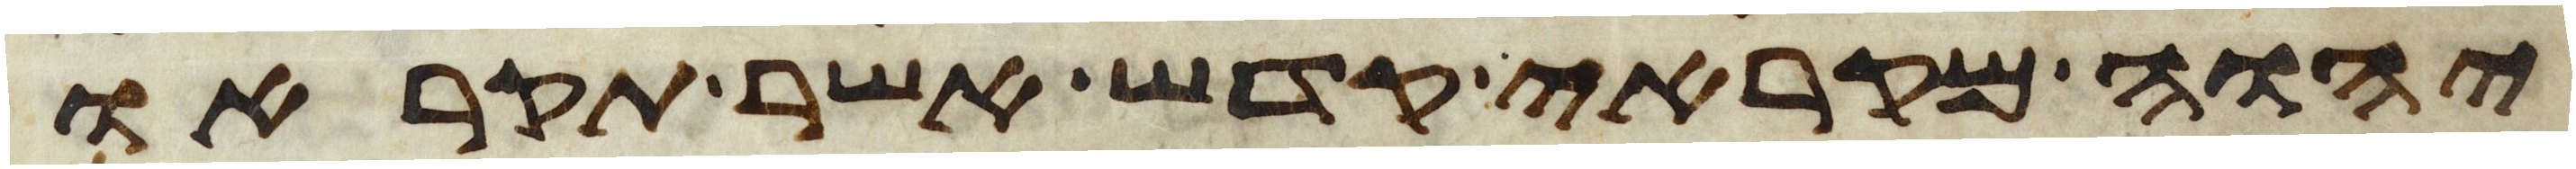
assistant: יהוה מקראי קדש אשר תקראו